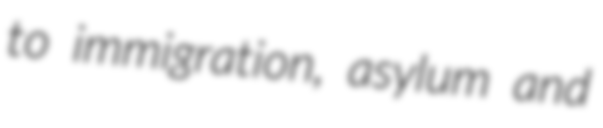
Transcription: to immigration, asylum and